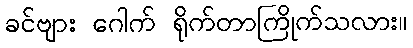
ခင်ဗျား ဂေါက် ရိုက်တာကြိုက်သလား။